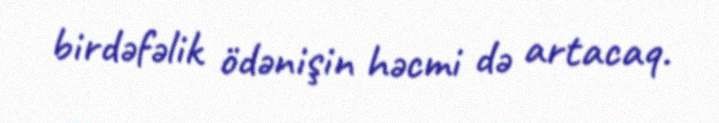
birdəfəlik ödənişin həcmi də artacaq.